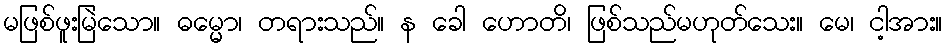
မဖြစ်ဖူးမြဲသော။ ဓမ္မော၊ တရားသည်။ န ခေါ ဟောတိ၊ ဖြစ်သည်မဟုတ်သေး။ မေ၊ ငါ့အား။